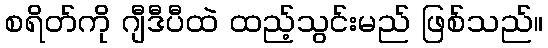
စရိတ်ကို ဂျီဒီပီထဲ ထည့်သွင်းမည် ဖြစ်သည်။